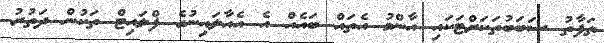
ތަފާތު ސަބަބުތަކަށްޓަކައި އާންމު އެތައް ބައެއް އެ އެއާލައިނުގެ ފްލައިޓް ތަކުން ދަތުރު